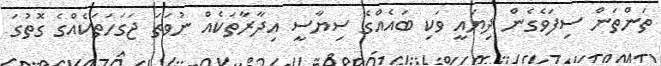
ތަންތަން ސިފަވެގެން ދިޔައީ ވަކި ބައެއްގެ ސިޔާސީ އިދާރާތަކެއް ނުވަތަ ޖަގަހަތަކެއްގެ ގޮތުގަ